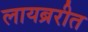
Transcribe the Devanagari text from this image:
लायब्ररीत